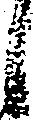
候